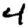
Digit: 4